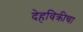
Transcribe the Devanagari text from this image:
देहविक्रीचा